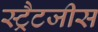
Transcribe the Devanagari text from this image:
स्ट्रैटजीस